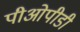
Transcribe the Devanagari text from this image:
पीओपीडी